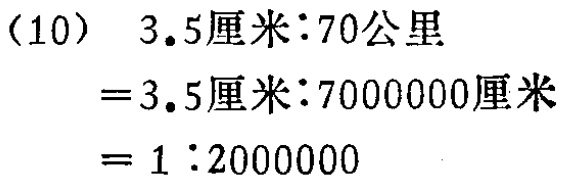
\begin{align*}

&(10)\quad 3.5\text{厘米}:70\text{公里}\\

&=3.5\text{厘米}:7000000\text{厘米}\\

&=1:2000000

\end{align*}